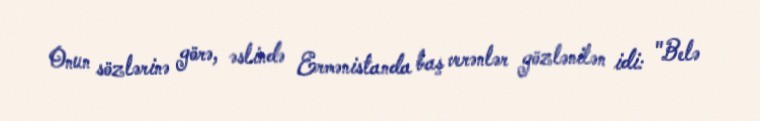
Onun sözlərinə görə, əslində Ermənistanda baş verənlər gözlənilən idi: "Belə